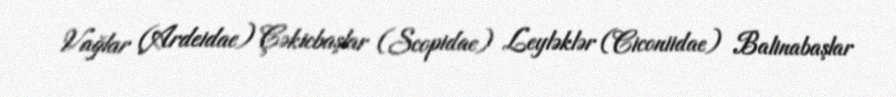
Vağlar (Ardeidae) Çəkicbaşlar (Scopidae) Leyləklər (Ciconiidae) Balinabaşlar